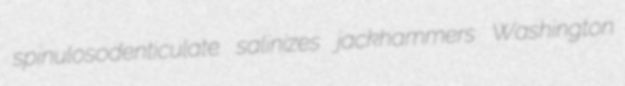
spinulosodenticulate salinizes jackhammers Washington